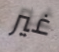
غير